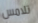
تلامس